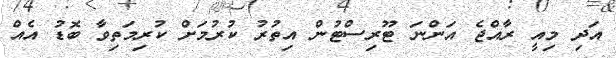
އަދި މިއީ ރާއްޖެ އަންނަ ޓޫރިސްޓުން އިތުރު ކުރުމަށް ކުރިމަތިވާ ބޮޑު އެއް